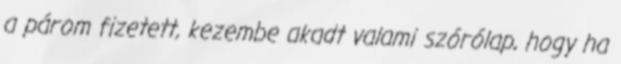
a párom fizetett, kezembe akadt valami szórólap, hogy ha